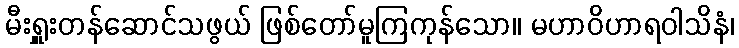
မီးရှူးတန်ဆောင်သဖွယ် ဖြစ်တော်မူကြကုန်သော။ မဟာဝိဟာရဝါသိနံ၊